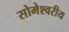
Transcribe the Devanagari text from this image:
सोमेश्वरीय